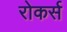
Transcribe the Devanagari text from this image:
रोकर्स